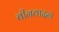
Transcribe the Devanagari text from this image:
बीनवादन